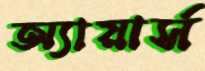
অ্যায়ার্স